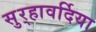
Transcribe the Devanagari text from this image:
सुर्‍हावर्दिया